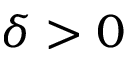
\delta > 0